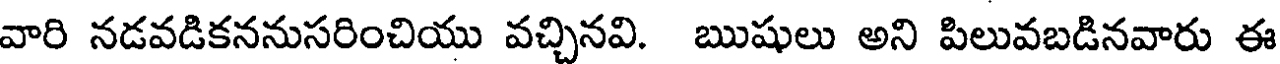
వారి నడవడికననుసరించియు వచ్చినవి. ఋషులు అని పిలువబడినవారు ఈ